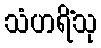
သံဟရိံသု